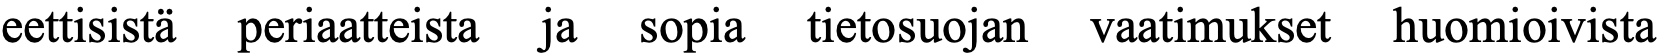
eettisistä periaatteista ja sopia tietosuojan vaatimukset huomioivista